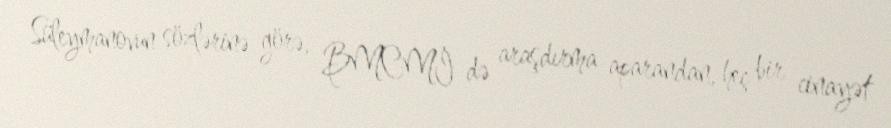
Süleymanovun sözlərinə görə, BMCMİ-də araşdırma aparandan, heç bir cinayət